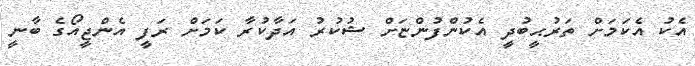
އެކު އެކަމަށް ތަރުޙީބުދީ އެކުންފުންޏަށް ޝުކުރު އަދާކުރާ ކަމަށް ރަފީ އެންޖީއޯގެ ބާނީ